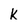
Character: k